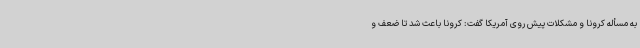
به مسأله کرونا و مشکلات پیش روی آمریکا گفت: کرونا باعث شد تا ضعف و